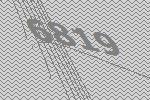
6819